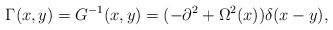
\begin{align*}\Gamma(x,y)=G^{-1}(x,y)=(-\partial^2+\Omega^2(x))\delta(x-y),\end{align*}